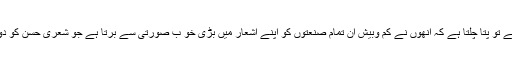
افتخارؔ مغل کی شاعری کا فنی اعتبارسے جائزہ لیا جائے تو پتا چلتا ہے کہ انھوں نے کم وبیش اُن تمام صنعتوں کو اپنے اشعار میں بڑی خو ب صورتی سے برتا ہے جو شعری حسن کو دوبالا کرنے میں مرکزی وبنیادی کردار ادا کرتے ہیں ۔